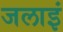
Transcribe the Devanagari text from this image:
जलाइं